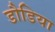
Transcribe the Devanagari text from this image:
डौडिया